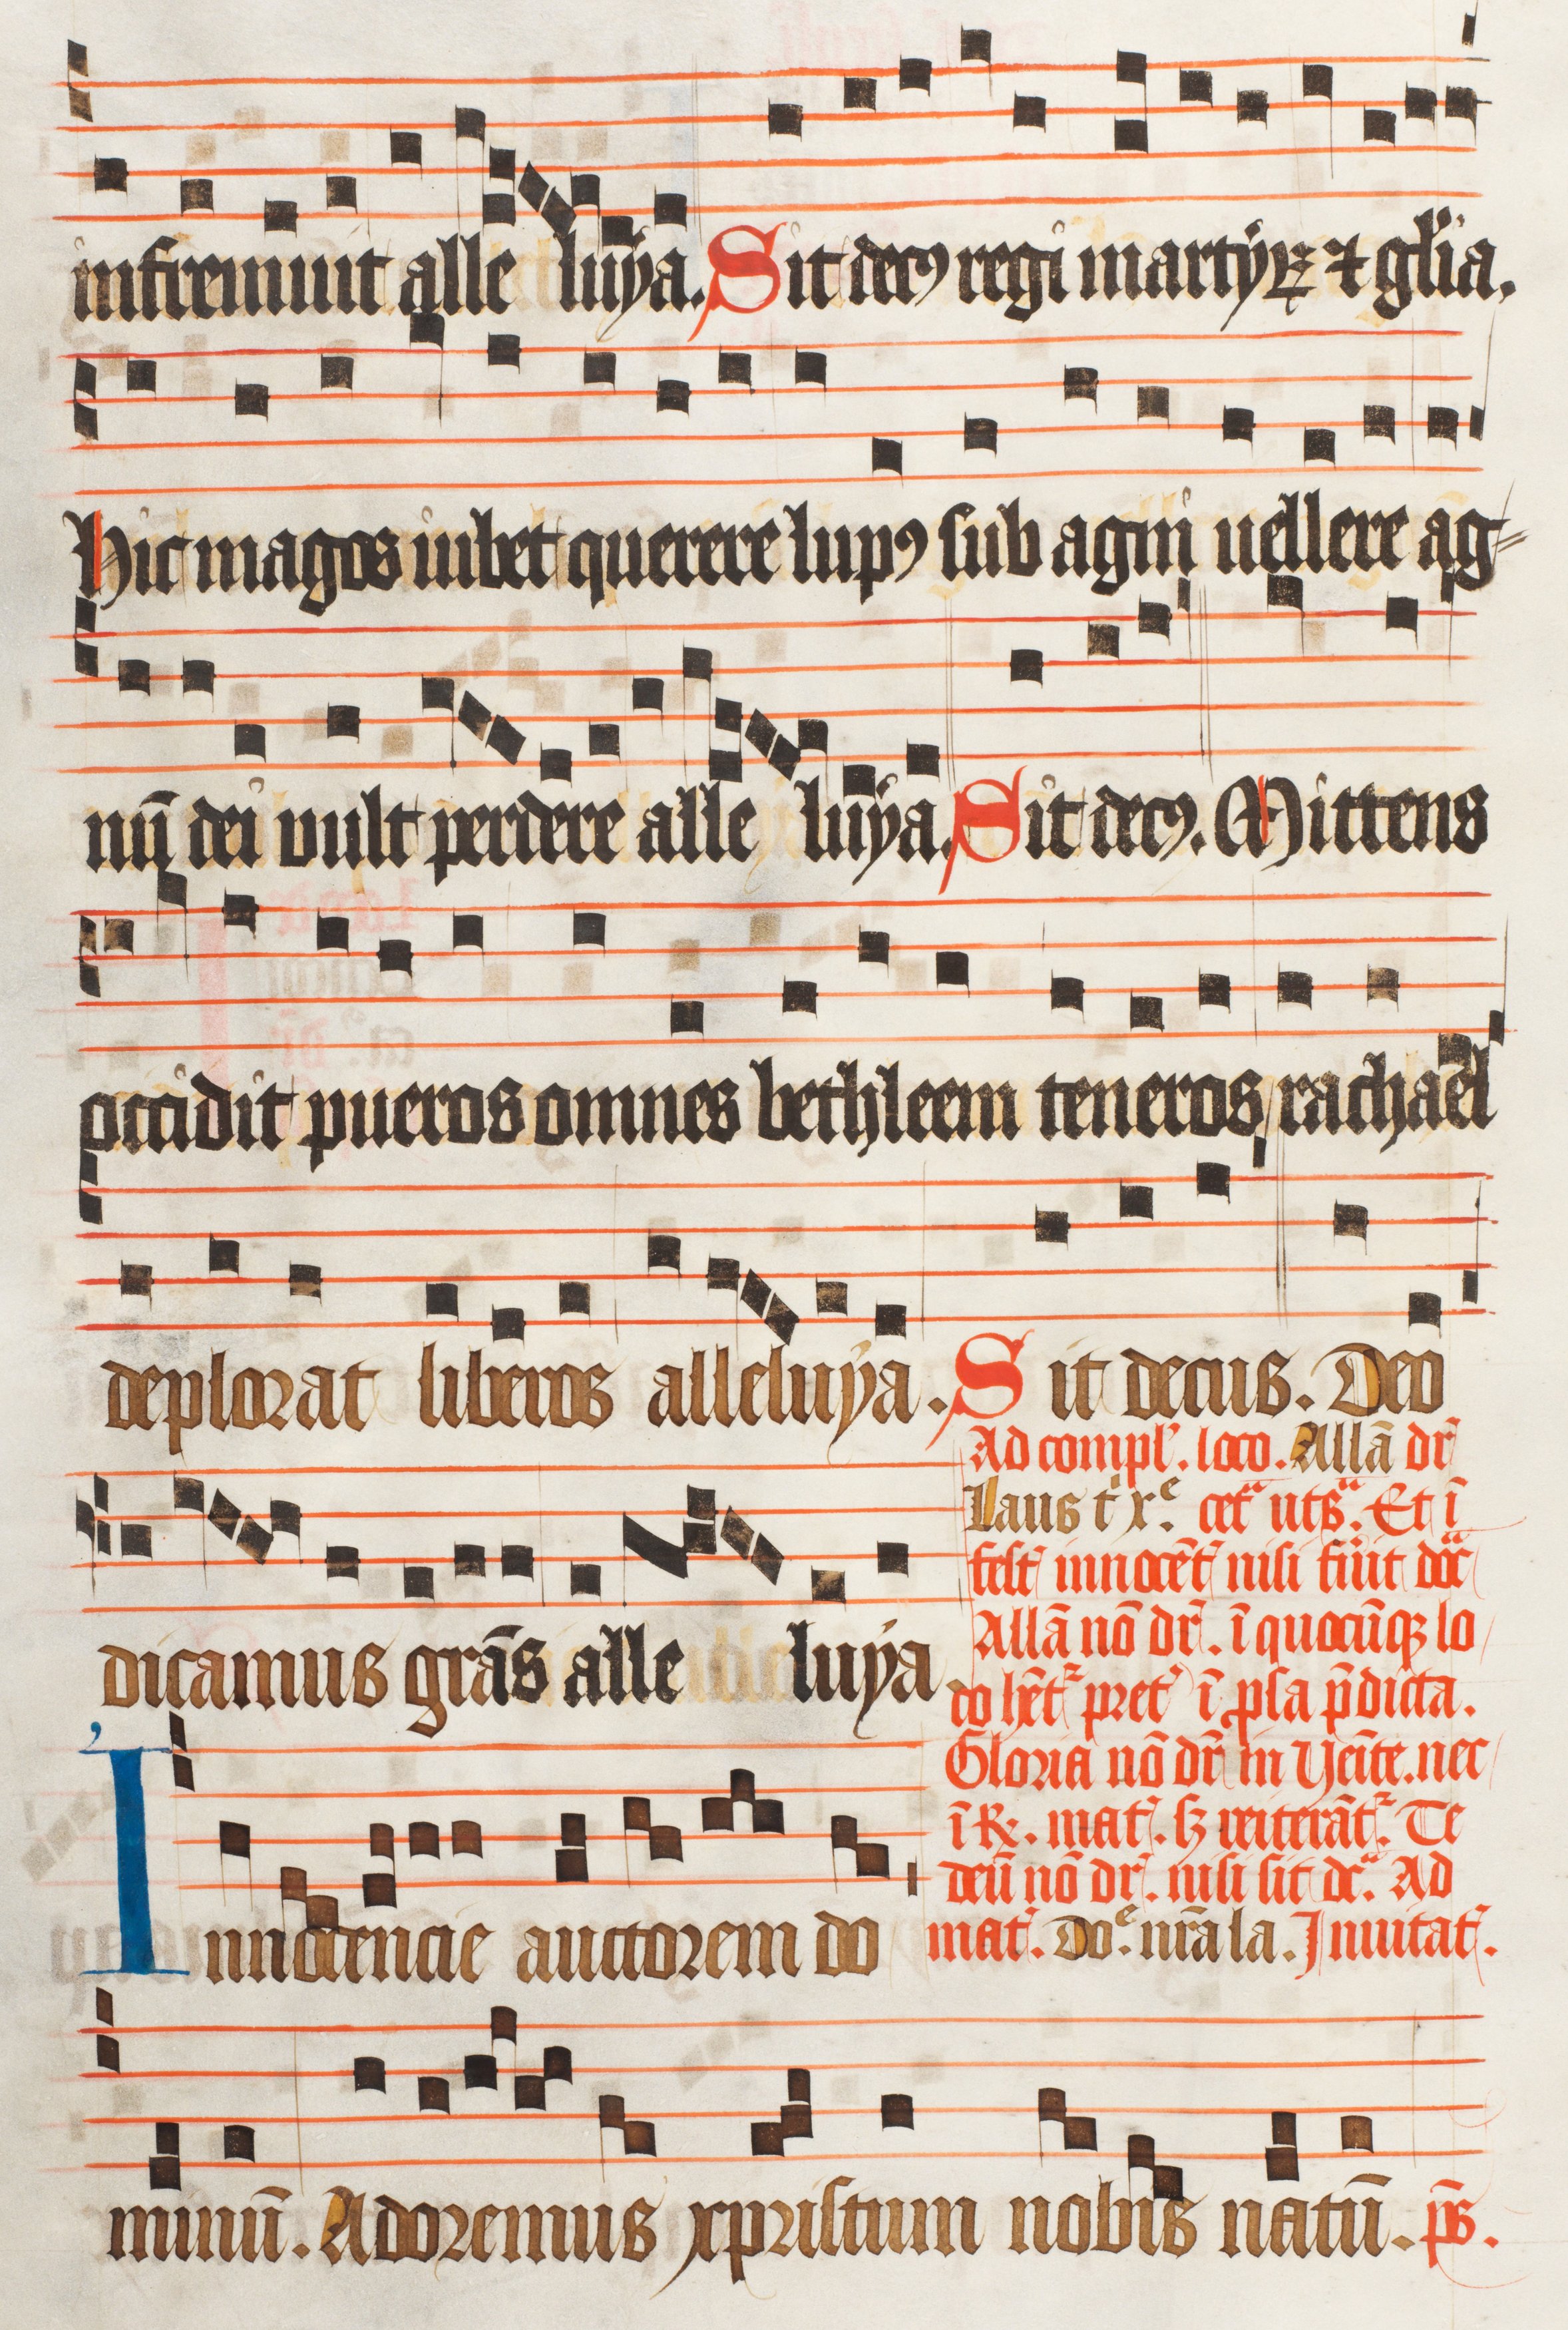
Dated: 1470–1505